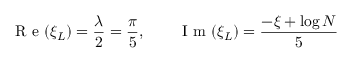
\textrm { R e } ( \xi _ { L } ) = { \frac { \lambda } { 2 } } = { \frac { \pi } { 5 } } , \qquad \textrm { I m } ( \xi _ { L } ) = \frac { - \xi + \log N } { 5 }